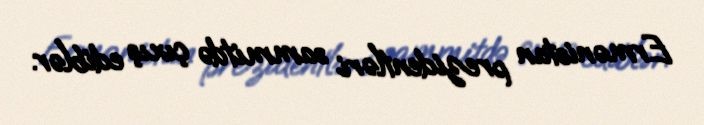
Ermənistan prezidentləri sammitdə çıxış ediblər.